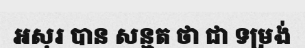
អសុរ បាន សន្មត ថា ជា ទម្រង់